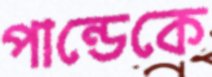
পান্ডেকে